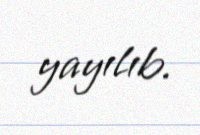
yayılıb.